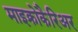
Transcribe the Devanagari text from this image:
माइक्रोकैरिअर